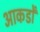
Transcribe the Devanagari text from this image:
आकडोँ